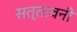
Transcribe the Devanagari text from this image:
सत्तावनी